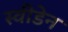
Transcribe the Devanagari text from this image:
स्‍वीडेन